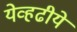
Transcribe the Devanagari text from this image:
येव्हढीये